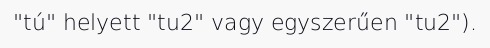
"tú" helyett "tu2" vagy egyszerűen "tu2").